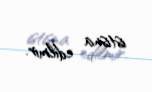
istisna edilmir.